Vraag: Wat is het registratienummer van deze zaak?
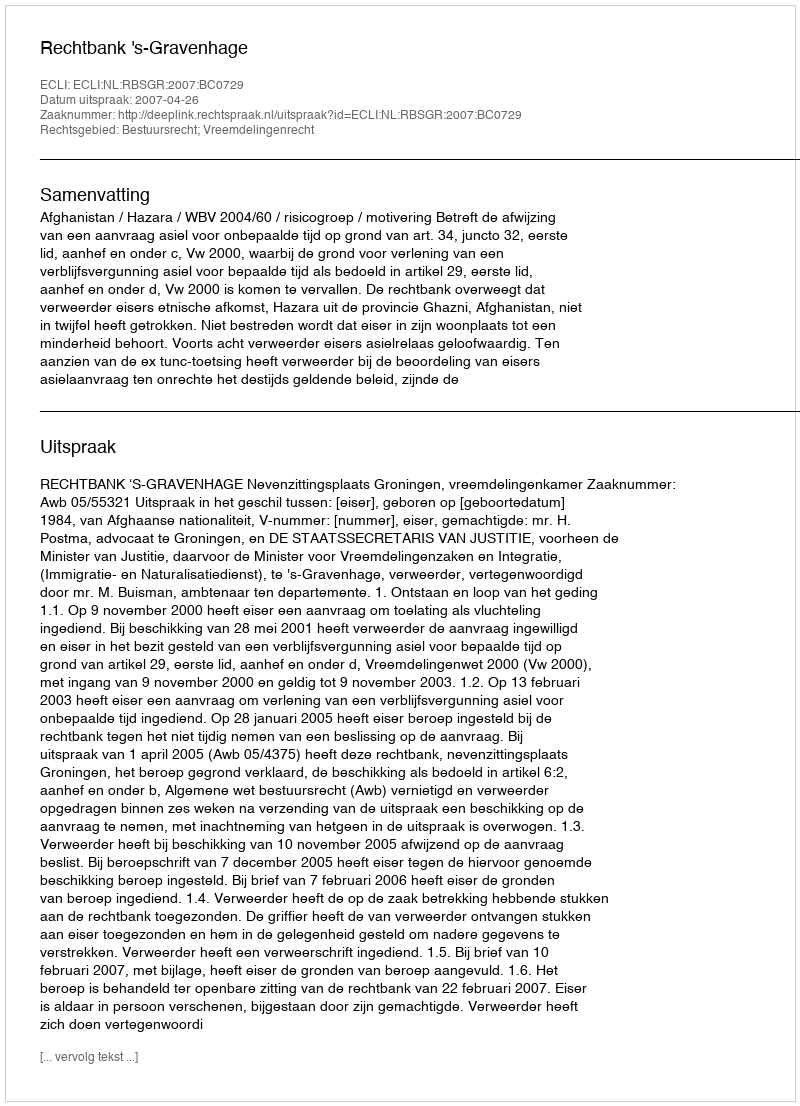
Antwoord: http://deeplink.rechtspraak.nl/uitspraak?id=ECLI:NL:RBSGR:2007:BC0729